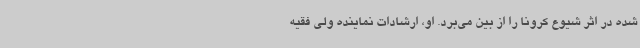
شده در اثر شیوع کرونا را از بین می‌برد. او، ارشادات نماینده ولی فقیه